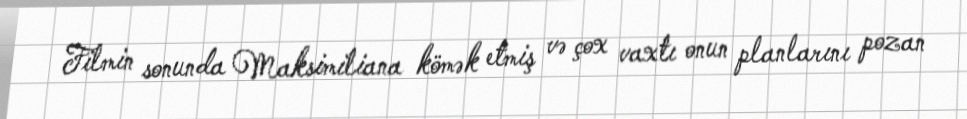
Filmin sonunda Maksimiliana kömək etmiş və çox vaxtı onun planlarını pozan